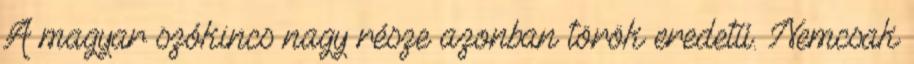
A magyar szókincs nagy része azonban török eredetű. Nemcsak